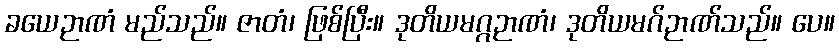
ခယေဉာဏံ မည်သည်။ ဇာတံ၊ ဖြစ်ပြီး။ ဒုတိယမဂ္ဂဉာဏံ၊ ဒုတိယမဂ်ဉာဏ်သည်။ ပေ။